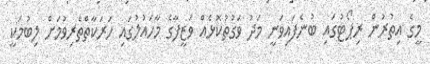
މީގެ އިތުރުން ރިޕޯޓުގައި ބުނެފައިވަނީ މަދު ވަގުތުކޮޅެއް ވަޒީފާގެ މާހައުލުގައި ހަރަކާތްތެރިވުމަށް ލިބުމަކީ